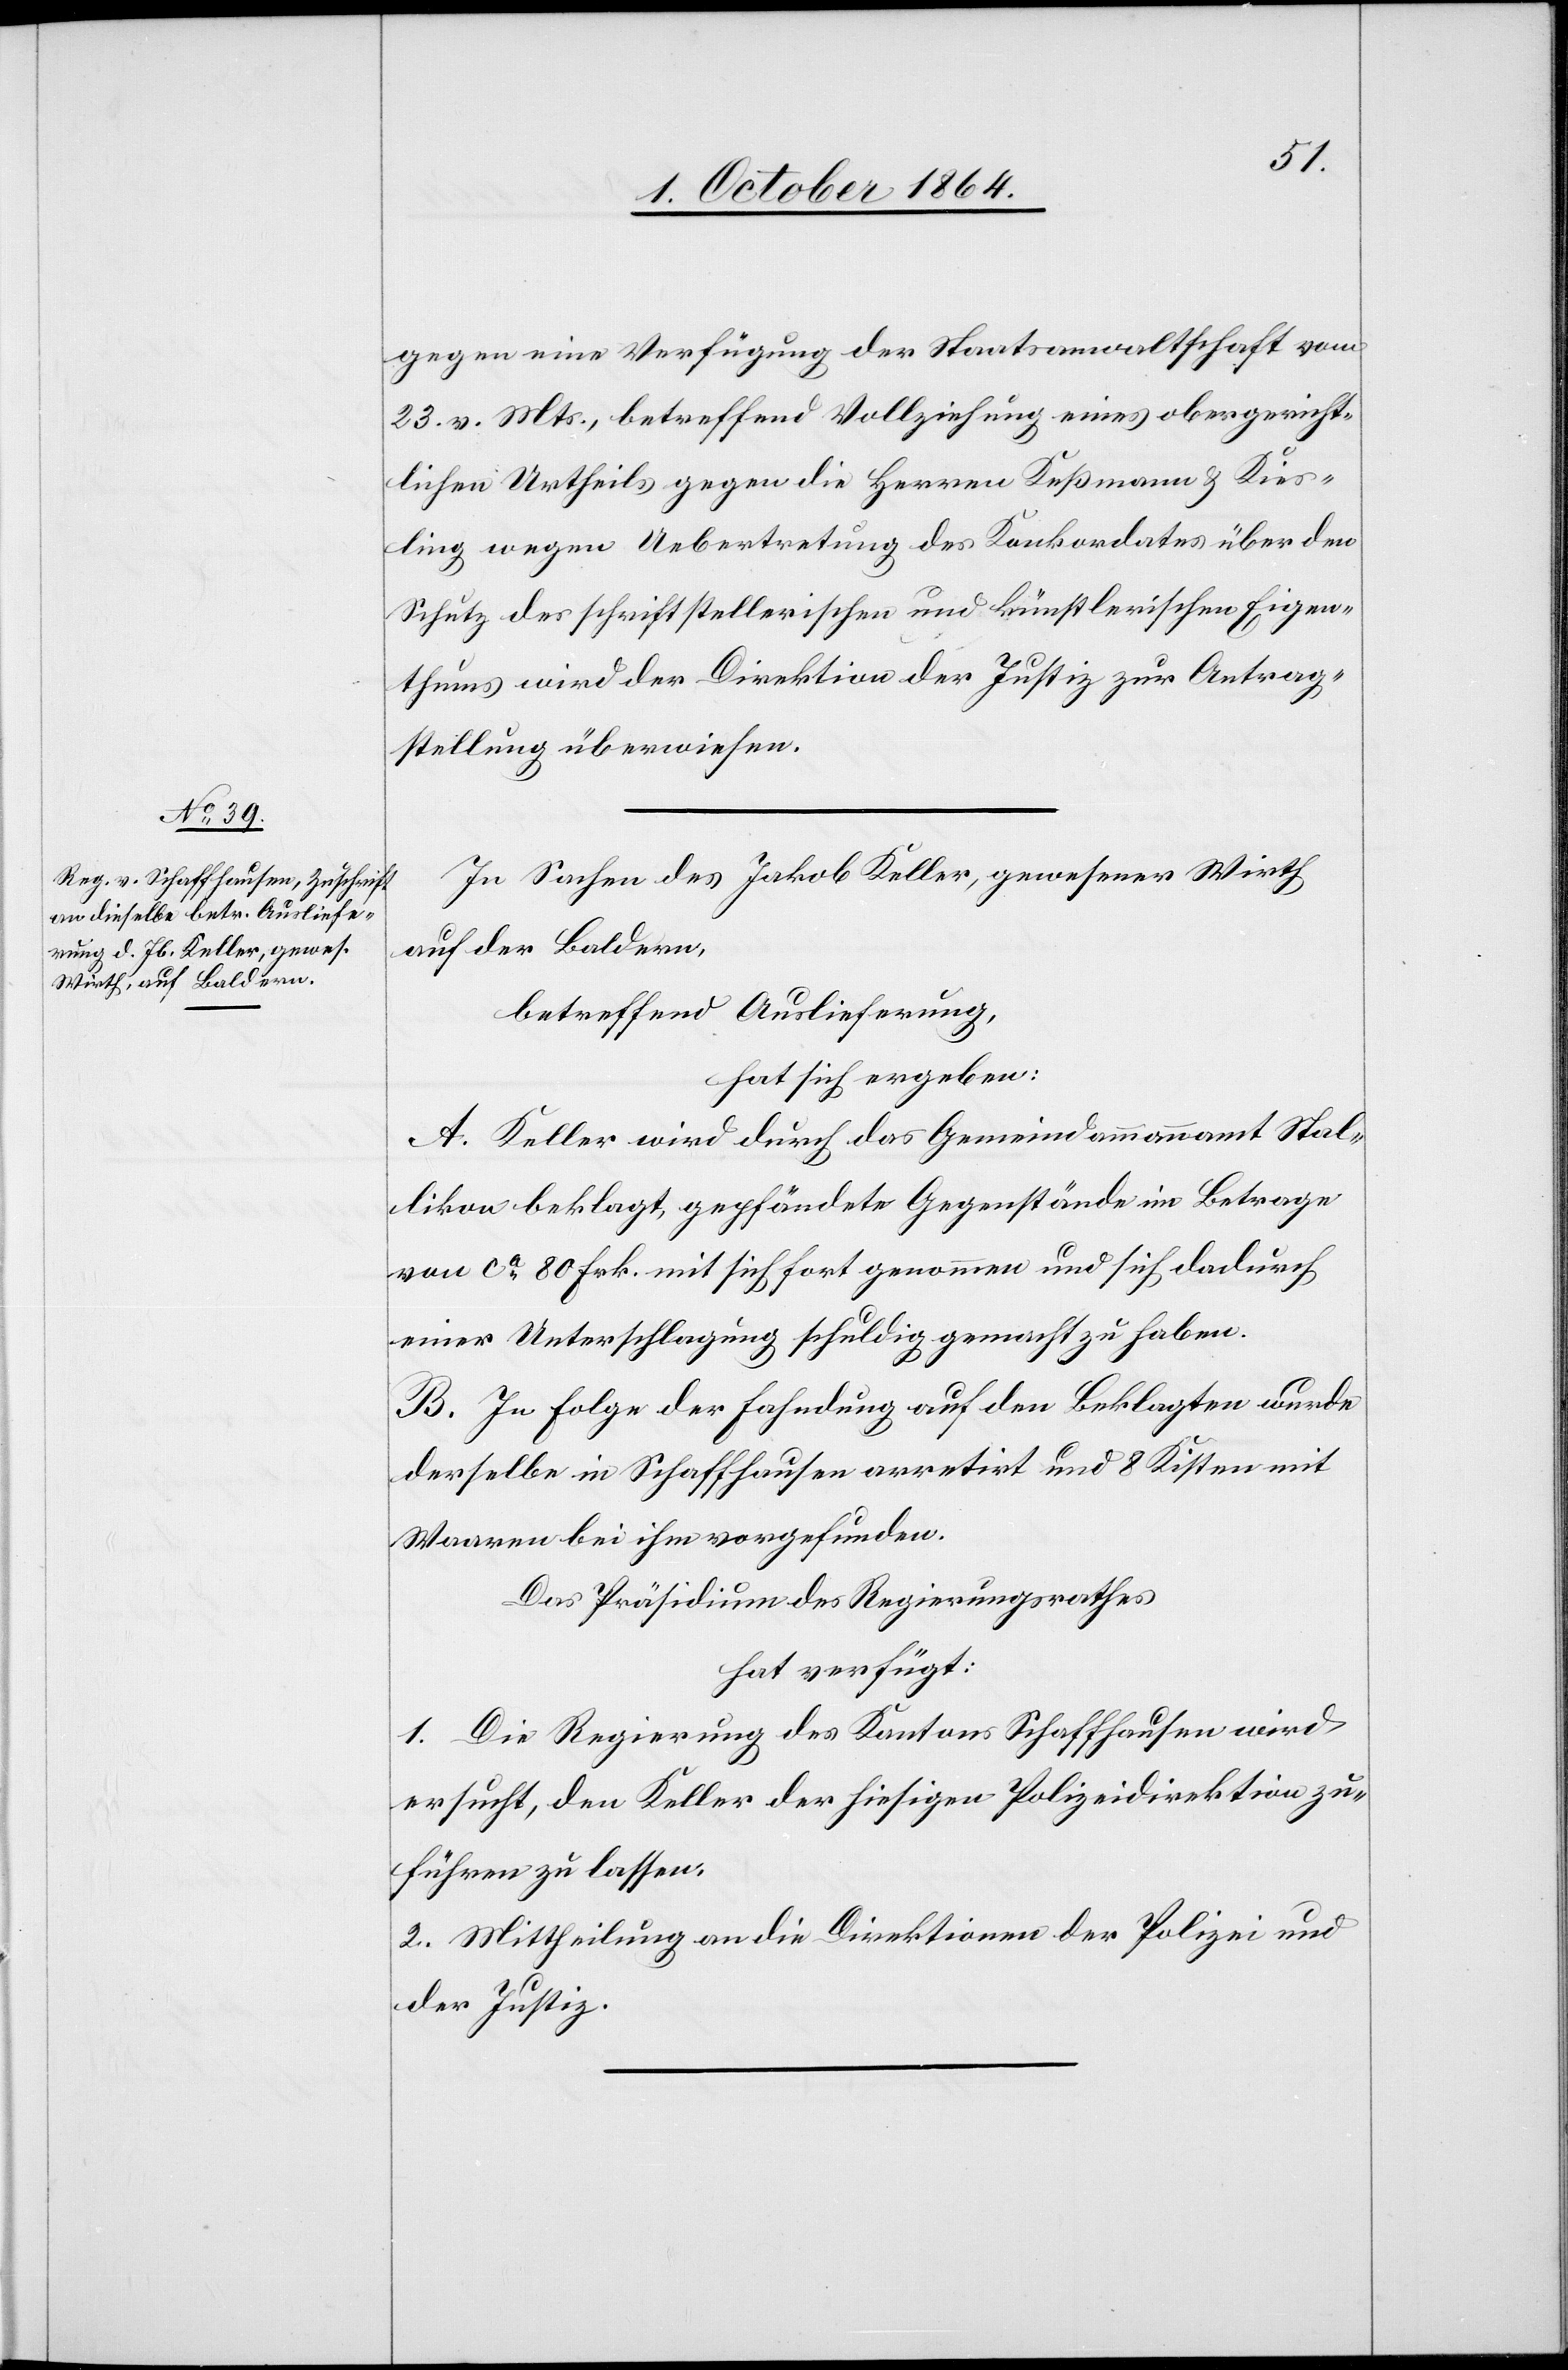
7. October 1864.]
gegen eine Verfügung der Staatsanwaltschaft vom
23. v. Mts., betreffend Vollziehung eines obergericht¬
lichen Urtheils gegen die Herren Kußmann & Kies¬
ling wegen Uebertretung des Konkordates über den
Schutz des schriftstellerischen und künstlerischen Eigen¬
thums wird der Direktion der Justiz zur Antrag¬
stellung überwiesen.
In Sachen des Jakob Keller, gewesener Wirth
auf der Baldern,
betreffend Auslieferung,
hat sich ergeben:
A. Keller wird durch das Gemeindammannamt Stal¬
likon beklagt, gepfändete Gegenstände im Betrage
von ca 80 Frk. mit sich fort genommen und sich dadurch
einer Unterschlagung schuldig gemacht zu haben.
B. In Folge der Fahndung auf den Beklagten wurde
derselbe in Schaffhausen arretirt und 8 Kisten mit
Waaren bei ihm vorgefunden.
Das Präsidium des Regierungsrathes
hat verfügt:
1. Die Regierung des Kantons Schaffhausen wird
ersucht, den Keller der hiesigen Polizeidirektion zu¬
führen zu lassen.
2. Mittheilung an die Direktionen der Polizei und
der Justiz.